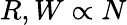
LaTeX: R,W\propto N